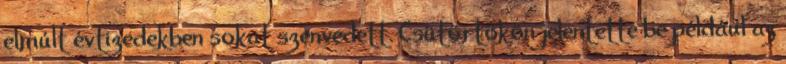
elmúlt évtizedekben sokat szenvedett. Csütörtökön jelentette be például az